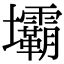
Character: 壩